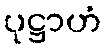
ပုဋ္ဌာဟံ